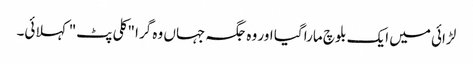
لڑائی میں ایک بلوچ مارا گیا اور وہ جگہ جہاں وہ گرا "کلی پٹ" کہلائی۔